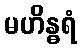
မဟိန္ဓရံ